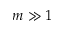
m \gg 1